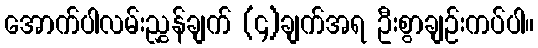
အောက်ပါလမ်းညွှန်ချက် (၄)ချက်အရ ဦးစွာချဉ်းကပ်ပါ။